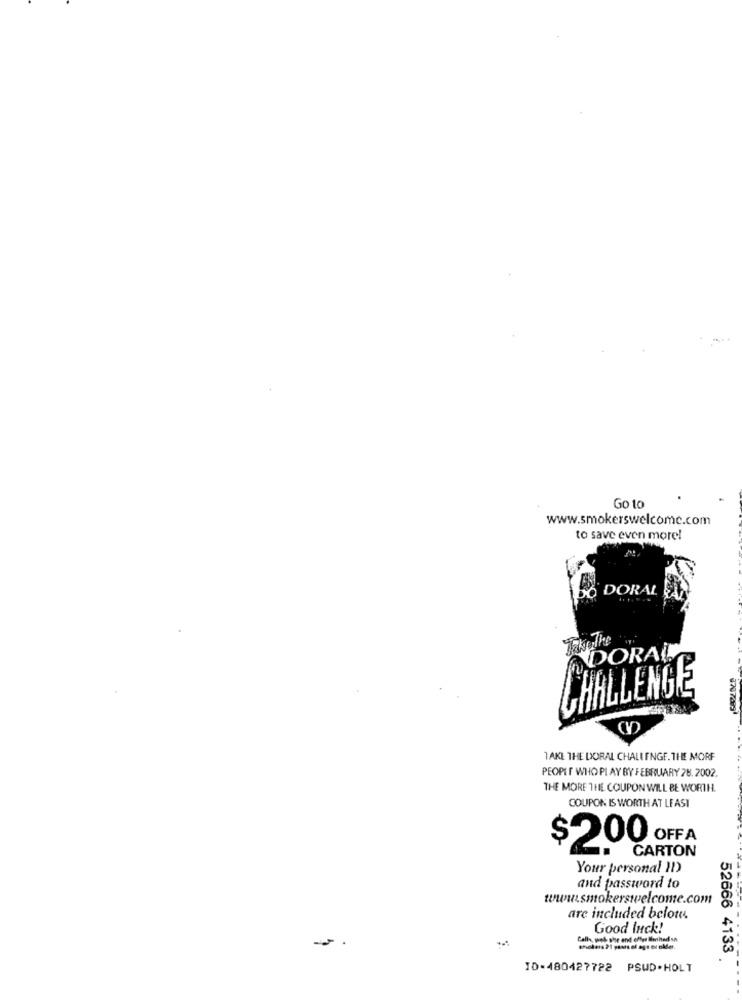
Go to
www.smokerswelcome.com
to save even more!
DO DORAL
Take The
DORAL
CHALLENGE
3797289
TAKE THE DORAL CHALLENGE. THE MORF
PEOPLE WHO PI AY BY FEBRUARY 78.2002.
THE MORE THE COUPON WILL BE WORTH.
COUPON IS WORTH AT LEAST
$2.00 OFFA
CARTON
Your personal 11)
and password to
www.smokerswelcome.com
are included below.
Good luck!
Calls, web the end offlyr Monthted sn
52666 4133
ID-480427722 PSWD.HOLT